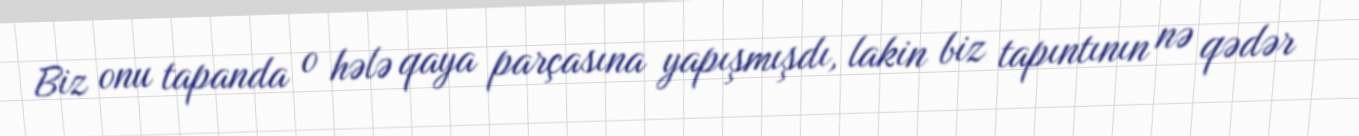
Biz onu tapanda o hələ qaya parçasına yapışmışdı, lakin biz tapıntının nə qədər